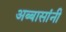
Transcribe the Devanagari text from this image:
अब्बासांनी